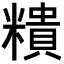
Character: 𥼩